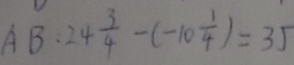
A B : 2 4 \frac { 3 } { 4 } - ( - 1 0 \frac { 1 } { 4 } ) = 3 5